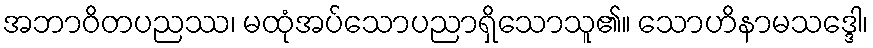
အဘာဝိတပညဿ၊ မထုံအပ်သောပညာရှိသောသူ၏။ သောဟိနာမသဒ္ဒေါ၊